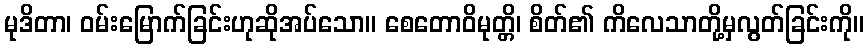
မုဒိတာ၊ ဝမ်းမြောက်ခြင်းဟုဆိုအပ်သော။ စေတောဝိမုတ္တိ၊ စိတ်၏ ကိလေသာတို့မှလွတ်ခြင်းကို။